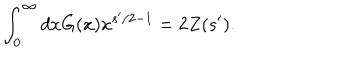
\int _ { 0 } ^ { \infty } d x G ( x ) x ^ { s ^ { \prime } / 2 - 1 } = 2 Z ( s ^ { \prime } ) .